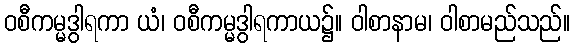
ဝစီကမ္မဒွါရကာ ယံ၊ ဝစီကမ္မဒွါရကာယ၌။ ဝါစာနာမ၊ ဝါစာမည်သည်။